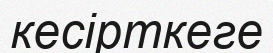
кесірткеге